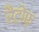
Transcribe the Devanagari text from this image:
रैटोफ़